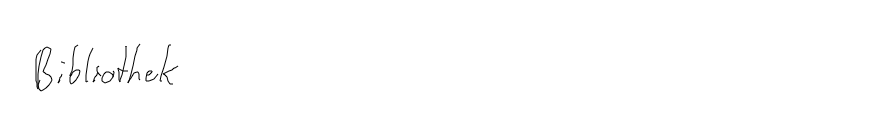
Bibliothek